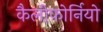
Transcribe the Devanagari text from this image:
कैलीफोर्नियो